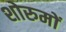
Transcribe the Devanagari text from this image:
शोरुमों